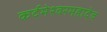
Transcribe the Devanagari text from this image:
कर्दमेश्वरमहादेव